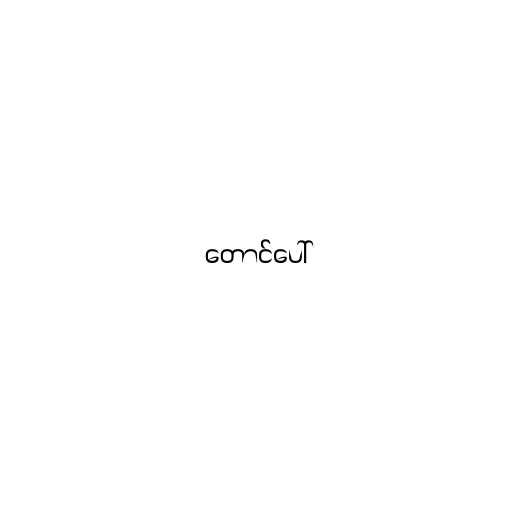
တောင်ပေါ်